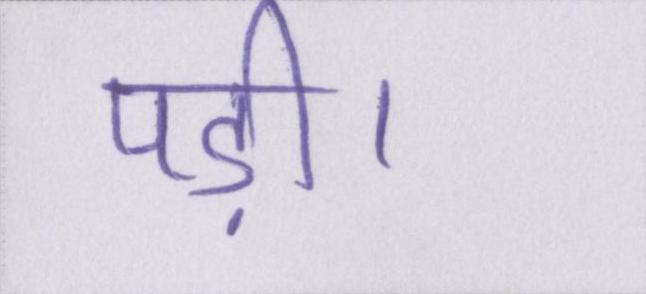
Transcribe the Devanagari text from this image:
पड़ी।